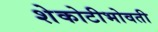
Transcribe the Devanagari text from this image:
शेकोटीभोवती